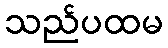
သည်ပထမ